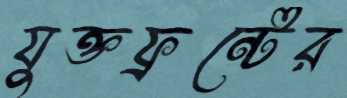
যুক্তফ্রন্টের